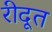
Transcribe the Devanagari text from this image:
रीदूत